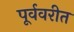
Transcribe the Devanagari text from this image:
पूर्ववरीत